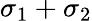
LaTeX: \sigma_{1}+\sigma_{2}